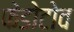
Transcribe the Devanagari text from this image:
फेडोटोव